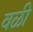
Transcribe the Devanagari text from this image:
वळी